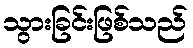
သွားခြင်းဖြစ်သည်